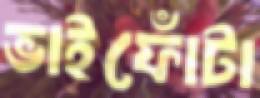
ভাইফোঁটা